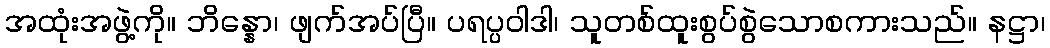
အထုံးအဖွဲ့ကို။ ဘိန္နော၊ ဖျက်အပ်ပြီ။ ပရပ္ပဝါဒါ၊ သူတစ်ထူးစွပ်စွဲသောစကားသည်။ နဋ္ဌာ၊